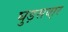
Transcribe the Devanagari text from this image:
घुड़सवा्र